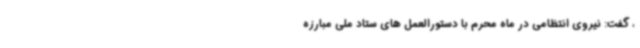
، گفت: نیروی انتظامی در ماه محرم با دستورالعمل های ستاد ملی مبارزه